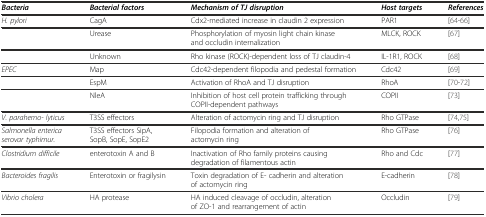
| Bacteria | Bacterial factors | Mechanism of TJ disruption | Host targets | References |
 | --- | --- | --- | --- | --- |
 | H. pylori | CagA | Cdx2-mediated increase in claudin 2 expression | PAR1 | [64]-[66] |
 |  | Urease | Phosphorylation of myosin light chain kinase and occludin internalization | MLCK, ROCK | [67] |
 |  | Unknown | Rho kinase (ROCK)-dependent loss of TJ claudin-4 | IL-1R1, ROCK | [68] |
 | EPEC | Map | Cdc42-dependent filopodia and pedestal formation | Cdc42 | [69] |
 |  | EspM | Activation of RhoA and TJ disruption | RhoA | [70]-[72] |
 |  | NleA | Inhibition of host cell protein trafficking through COPII-dependent pathways | COPII | [73] |
 | V. parahemo- lyticus | T3SS effectors | Alteration of actomycin ring and TJ disruption | Rho GTPase | [74],[75] |
 | Salmonella enterica serovar typhimur. | T3SS effectors SipA, SopB, SopE, SopE2 | Filopodia formation and alteration of actomycin ring | Rho GTPase | [76] |
 | Clostridium difficile | enterotoxin A and B | Inactivation of Rho family proteins causing degradation of filamentous actin | Rho and Cdc | [77] |
 | Bacteroides fragilis | Enterotoxin or fragilysin | Toxin degradation of E- cadherin and alteration of actomycin ring | E-cadherin | [78] |
 | Vibrio cholera | HA protease | HA induced cleavage of occludin, alteration of ZO-1 and rearrangement of actin | Occludin | [79] |